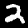
Label: 2